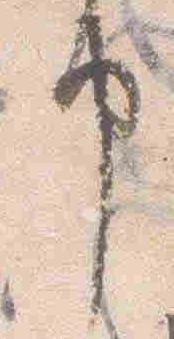
申